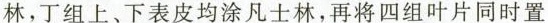
林，丁组上、下表皮均涂凡士林，再将四组叶片同时置